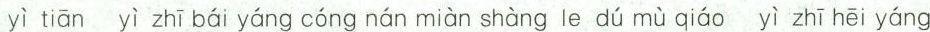
yì tiān yì zhī bái yáng cóng nán miàn shàng le dú mù qiáo yì zhī hēi yáng